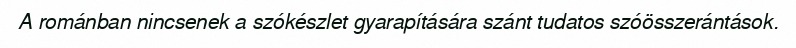
A románban nincsenek a szókészlet gyarapítására szánt tudatos szóösszerántások.